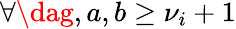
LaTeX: \forall\dag,a,b\geq\nu_{i}+1